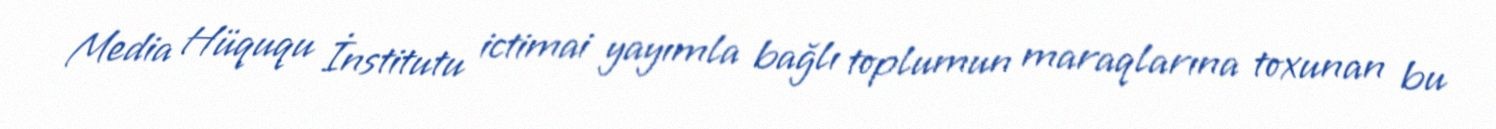
Media Hüququ İnstitutu ictimai yayımla bağlı toplumun maraqlarına toxunan bu